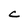
Character: C